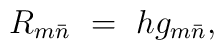
R_{m{\bar n}} \ = \ h g_{m{\bar n}} ,